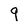
Character: 9